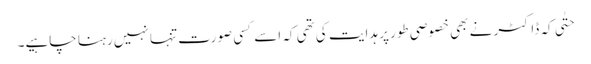
حتٰی کہ ڈاکٹر نے بھی خصوصی طور پر ہدایت کی تھی کہ اسے کسی صورت تنہا نہیں رہنا چاہیے۔